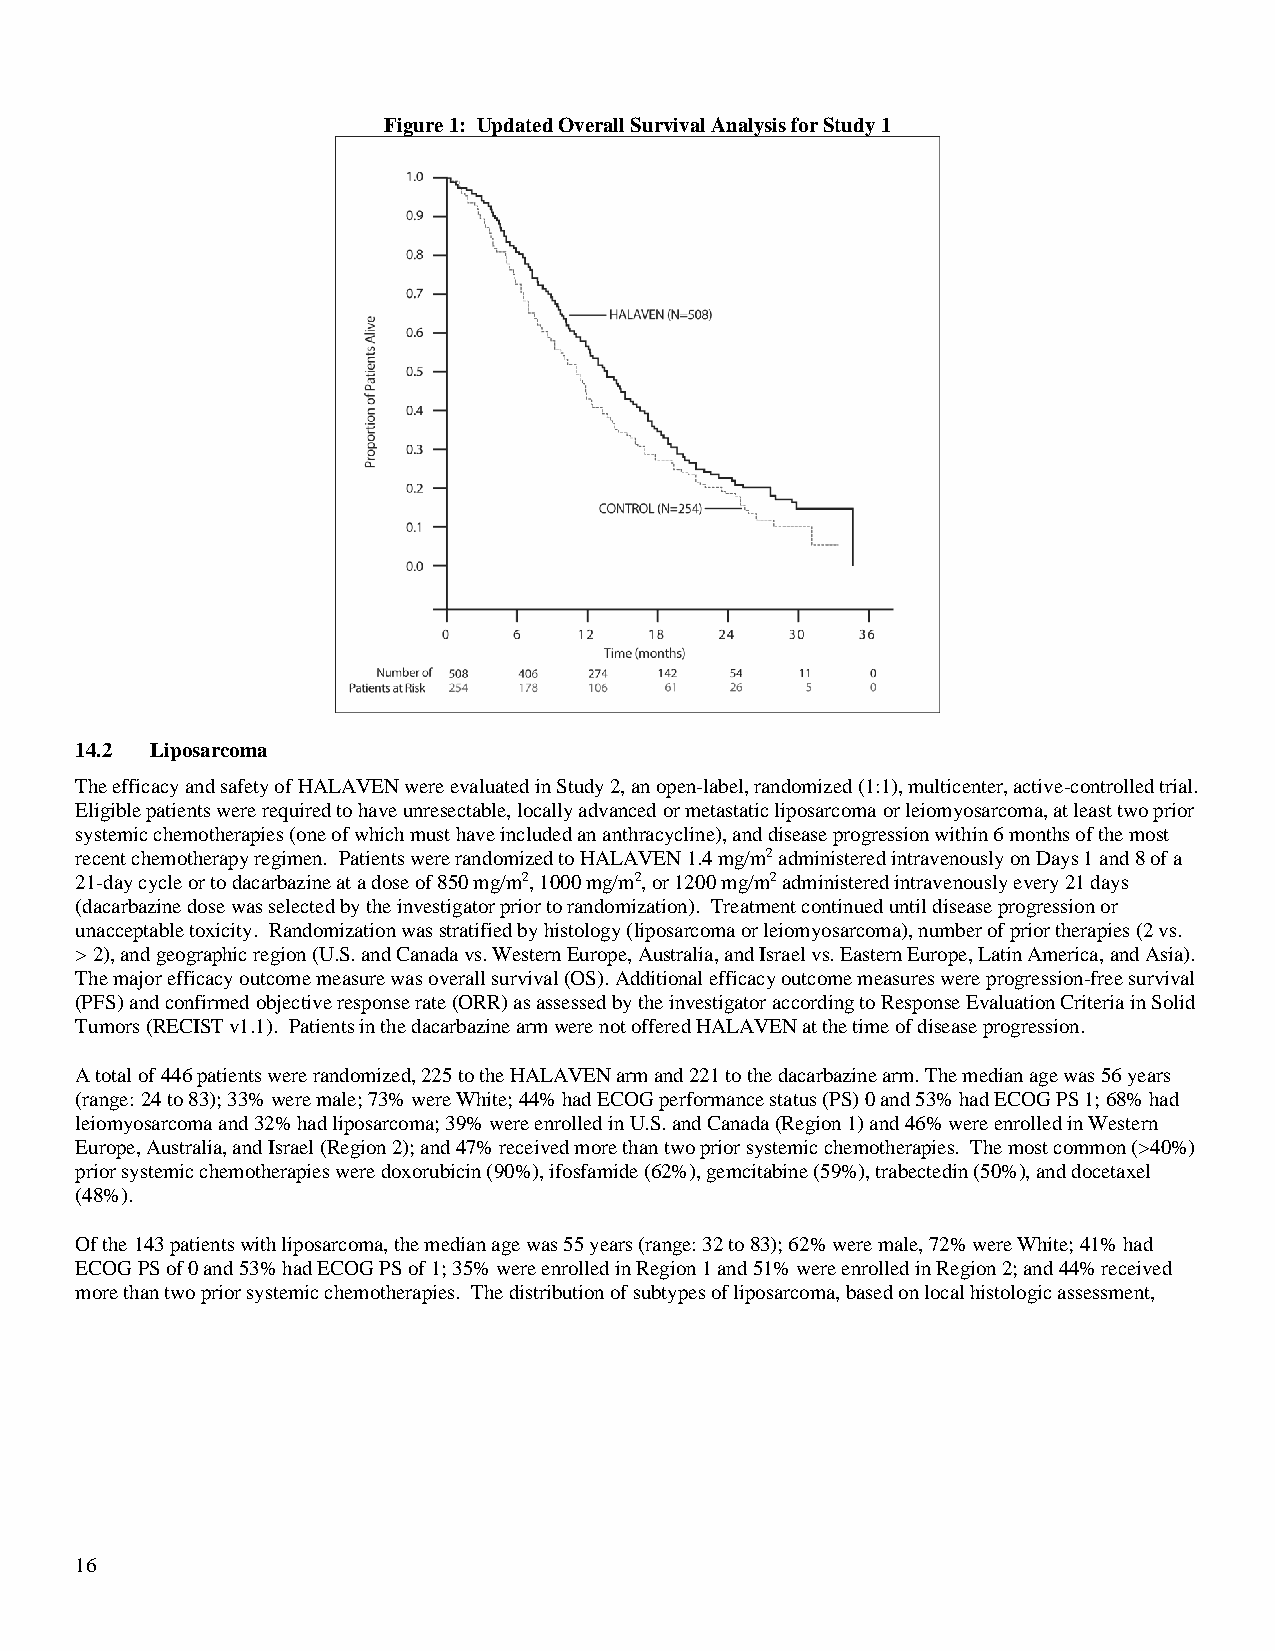
Figure 1: Updated Overall Survival Analysis for Study 1
 14.2 Liposarcoma
 The efficacy and safety of HALAVEN were evaluated in Study 2, an open-label, randomized (1:1), multicenter, active-controlled trial.
 Eligible patients were required to have unresectable, locally advanced or metastatic liposarcoma or leiomyosarcoma, at least two prior
 systemic chemotherapies (one of which must have included an anthracycline), and disease progression within 6 months of the most
 recent chemotherapy regimen. Patients were randomized to HALAVEN 1.4 mg/m2 administered intravenously on Days 1 and 8 of a
 21-day cycle or to dacarbazine at a dose of 850 mg/m2, 1000 mg/m2, or 1200 mg/m2 administered intravenously every 21 days
 (dacarbazine dose was selected by the investigator prior to randomization). Treatment continued until disease progression or
 unacceptable toxicity. Randomization was stratified by histology (liposarcoma or leiomyosarcoma), number of prior therapies (2 vs.
 > 2), and geographic region (U.S. and Canada vs. Western Europe, Australia, and Israel vs. Eastern Europe, Latin America, and Asia).
 The major efficacy outcome measure was overall survival (OS). Additional efficacy outcome measures were progression-free survival
 (PFS) and confirmed objective response rate (ORR) as assessed by the investigator according to Response Evaluation Criteria in Solid
 Tumors (RECIST v1.1). Patients in the dacarbazine arm were not offered HALAVEN at the time of disease progression.
 A total of 446 patients were randomized, 225 to the HALAVEN arm and 221 to the dacarbazine arm. The median age was 56 years
 (range: 24 to 83); 33% were male; 73% were White; 44% had ECOG performance status (PS) 0 and 53% had ECOG PS 1; 68% had
 leiomyosarcoma and 32% had liposarcoma; 39% were enrolled in U.S. and Canada (Region 1) and 46% were enrolled in Western
 Europe, Australia, and Israel (Region 2); and 47% received more than two prior systemic chemotherapies. The most common (>40%)
 prior systemic chemotherapies were doxorubicin (90%), ifosfamide (62%), gemcitabine (59%), trabectedin (50%), and docetaxel
 (48%).
 Of the 143 patients with liposarcoma, the median age was 55 years (range: 32 to 83); 62% were male, 72% were White; 41% had
 ECOG PS of 0 and 53% had ECOG PS of 1; 35% were enrolled in Region 1 and 51% were enrolled in Region 2; and 44% received
 more than two prior systemic chemotherapies. The distribution of subtypes of liposarcoma, based on local histologic assessment,
 16